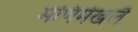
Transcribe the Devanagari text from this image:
मणिमेखलै